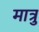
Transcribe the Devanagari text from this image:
मात्रु